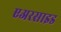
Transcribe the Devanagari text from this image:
एअरसाइड